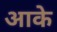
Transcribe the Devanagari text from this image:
अाके